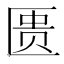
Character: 匮